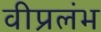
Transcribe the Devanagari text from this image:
वीप्रलंभ